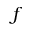
f